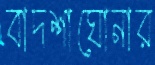
বাদশাঘোনার